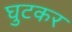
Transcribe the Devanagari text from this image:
घुटकर